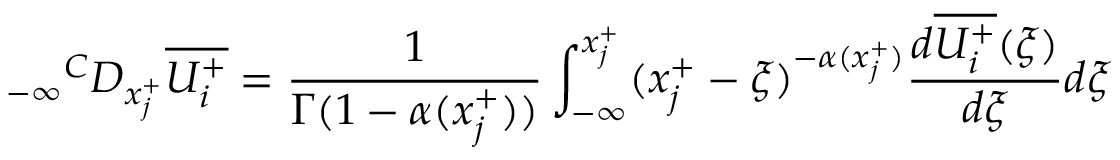
{ _ { - \infty } } ^ { C } D _ { x _ { j } ^ { + } } \overline { { U _ { i } ^ { + } } } = \frac { 1 } { \Gamma ( 1 - \alpha ( x _ { j } ^ { + } ) ) } \int _ { - \infty } ^ { x _ { j } ^ { + } } ( x _ { j } ^ { + } - \xi ) ^ { - \alpha ( x _ { j } ^ { + } ) } \frac { d \overline { { U _ { i } ^ { + } } } ( \xi ) } { d \xi } d \xi